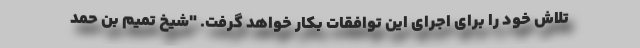
تلاش خود را برای اجرای این توافقات بکار خواهد گرفت. "شیخ تمیم بن حمد